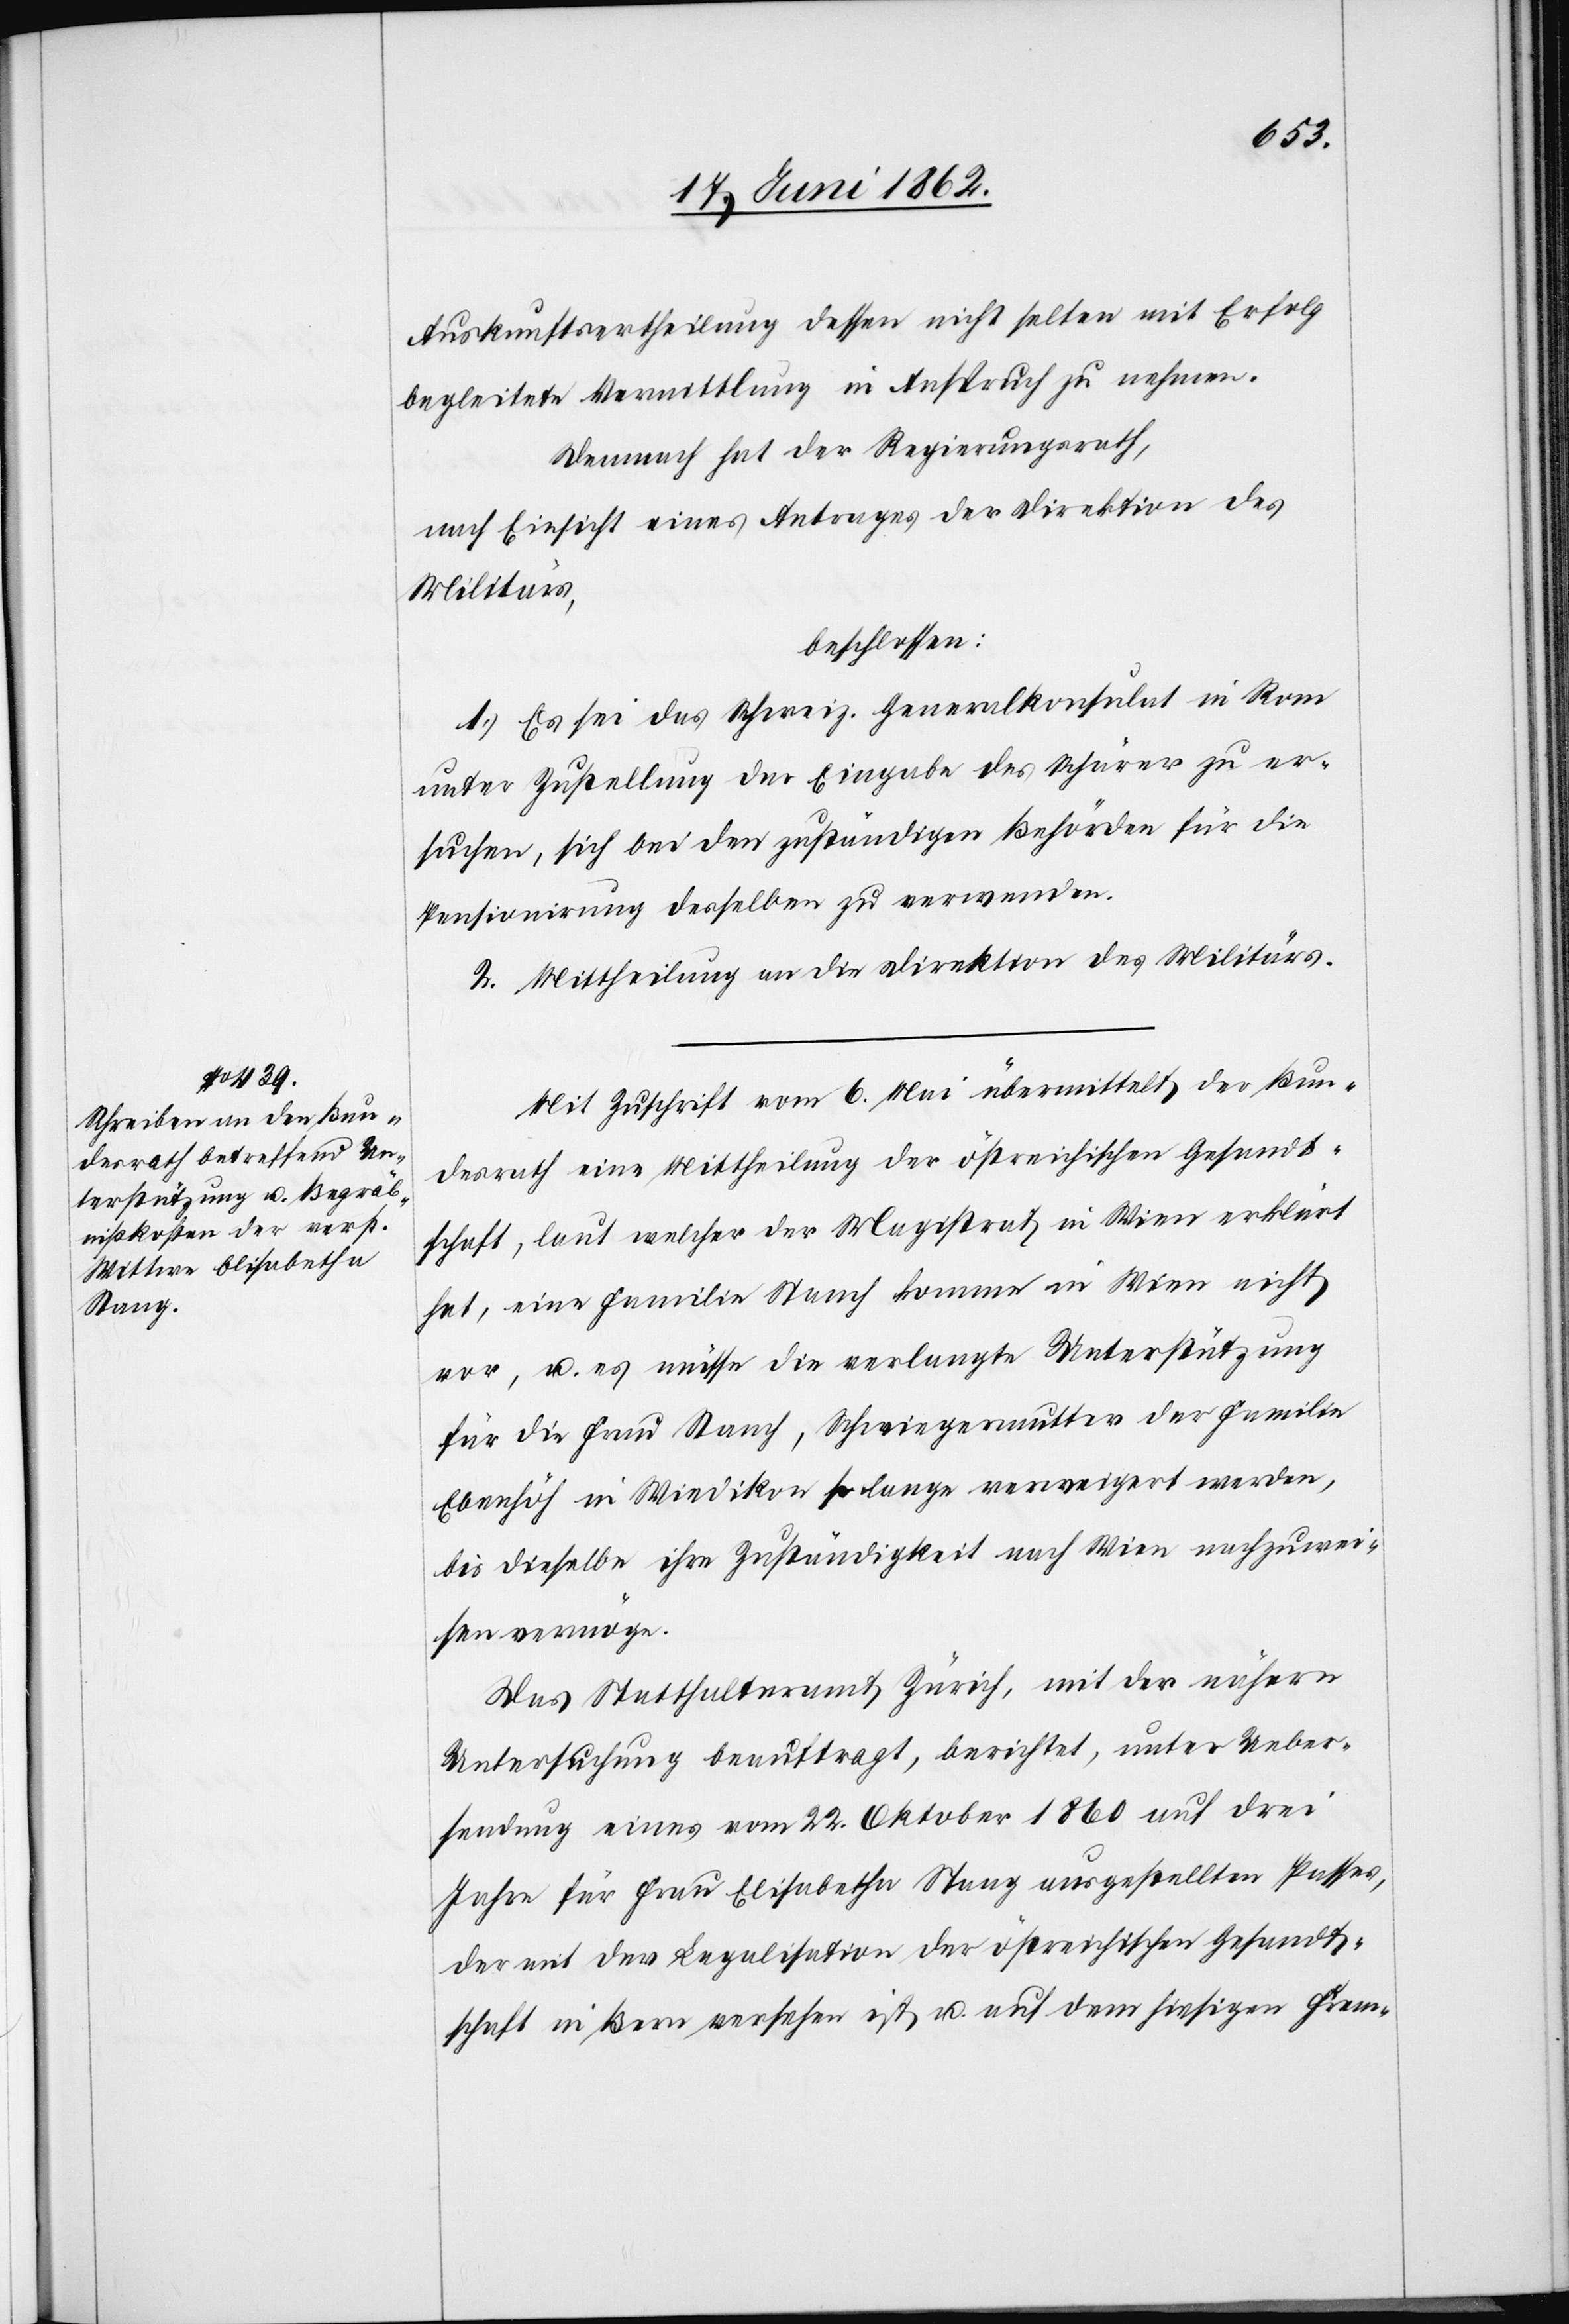
Auskunftsertheilung dessen nicht selten mit Erfolg
begleitete Vermittlung in Anspruch zu nehmen.
Demnach hat der Regierungsrath,
nach Einsicht eines Antrages der Direktion des
Militärs,
beschlossen:
1. Es sei das Schweiz. Generalkonsulat in Rom
unter Zustellung der Eingabe des Schärer zu er¬
suchen, sich bei den zuständigen Behörden für die
Pensionirung desselben zu verwenden.
2. Mittheilung an die Direktion des Militärs.
Mit Zuschrift vom 6. Mai übermittelt der Bun¬
desrath eine Mittheilung der östreichischen Gesandt¬
schaft, laut welcher der Magistrat in Wien erklärt
hat, eine Familie Stanch [sic!] komme in Wien nicht
vor, u. es müsse die verlangte Unterstützung
für die Frau Stanch, Schwiegermutter der Familie
Ebenhöh in Wiedikon so lange verweigert werden,
bis dieselbe ihre Zuständigkeit nach Wien nachzuwei¬
sen vermöge.
Das Statthalteramt Zürich, mit der nähern
Untersuchung beauftragt, berichtet, unter Ueber¬
sendung eines vom 22. Oktober 1860 auf drei
Jahre für Frau Elisabetha Stang ausgestellten Passes,
der mit der Legalisation der östreichischen Gesandt¬
schaft in Bern versehen ist u. auf dem hiesigen Frem-